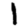
Digit: 1